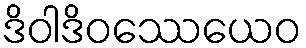
ဒိဝါဒိဝဿေယေဝ